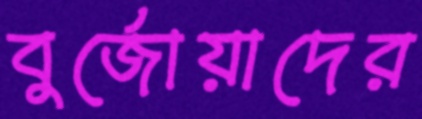
বুর্জোয়াদের